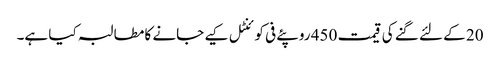
20 کے لئے گنے کی قیمت 450 روپئے فی کوئنٹل کیے جانے کا مطالبہ کیا ہے۔